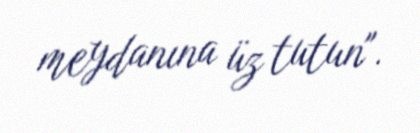
meydanına üz tutun".